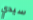
سيدي